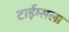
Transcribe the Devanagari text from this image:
टाईम्सला